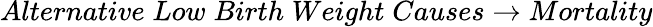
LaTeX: Alternative\; Low\; Birth\; Weight\; Causes\rightarrow Mortality